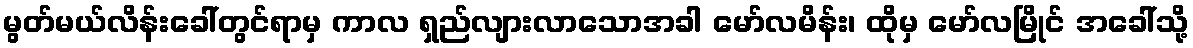
မွတ်မယ်လိန်းခေါ်တွင်ရာမှ ကာလ ရှည်လျားလာသောအခါ မော်လမိန်း၊ ထိုမှ မော်လမြိုင် အခေါ်သို့